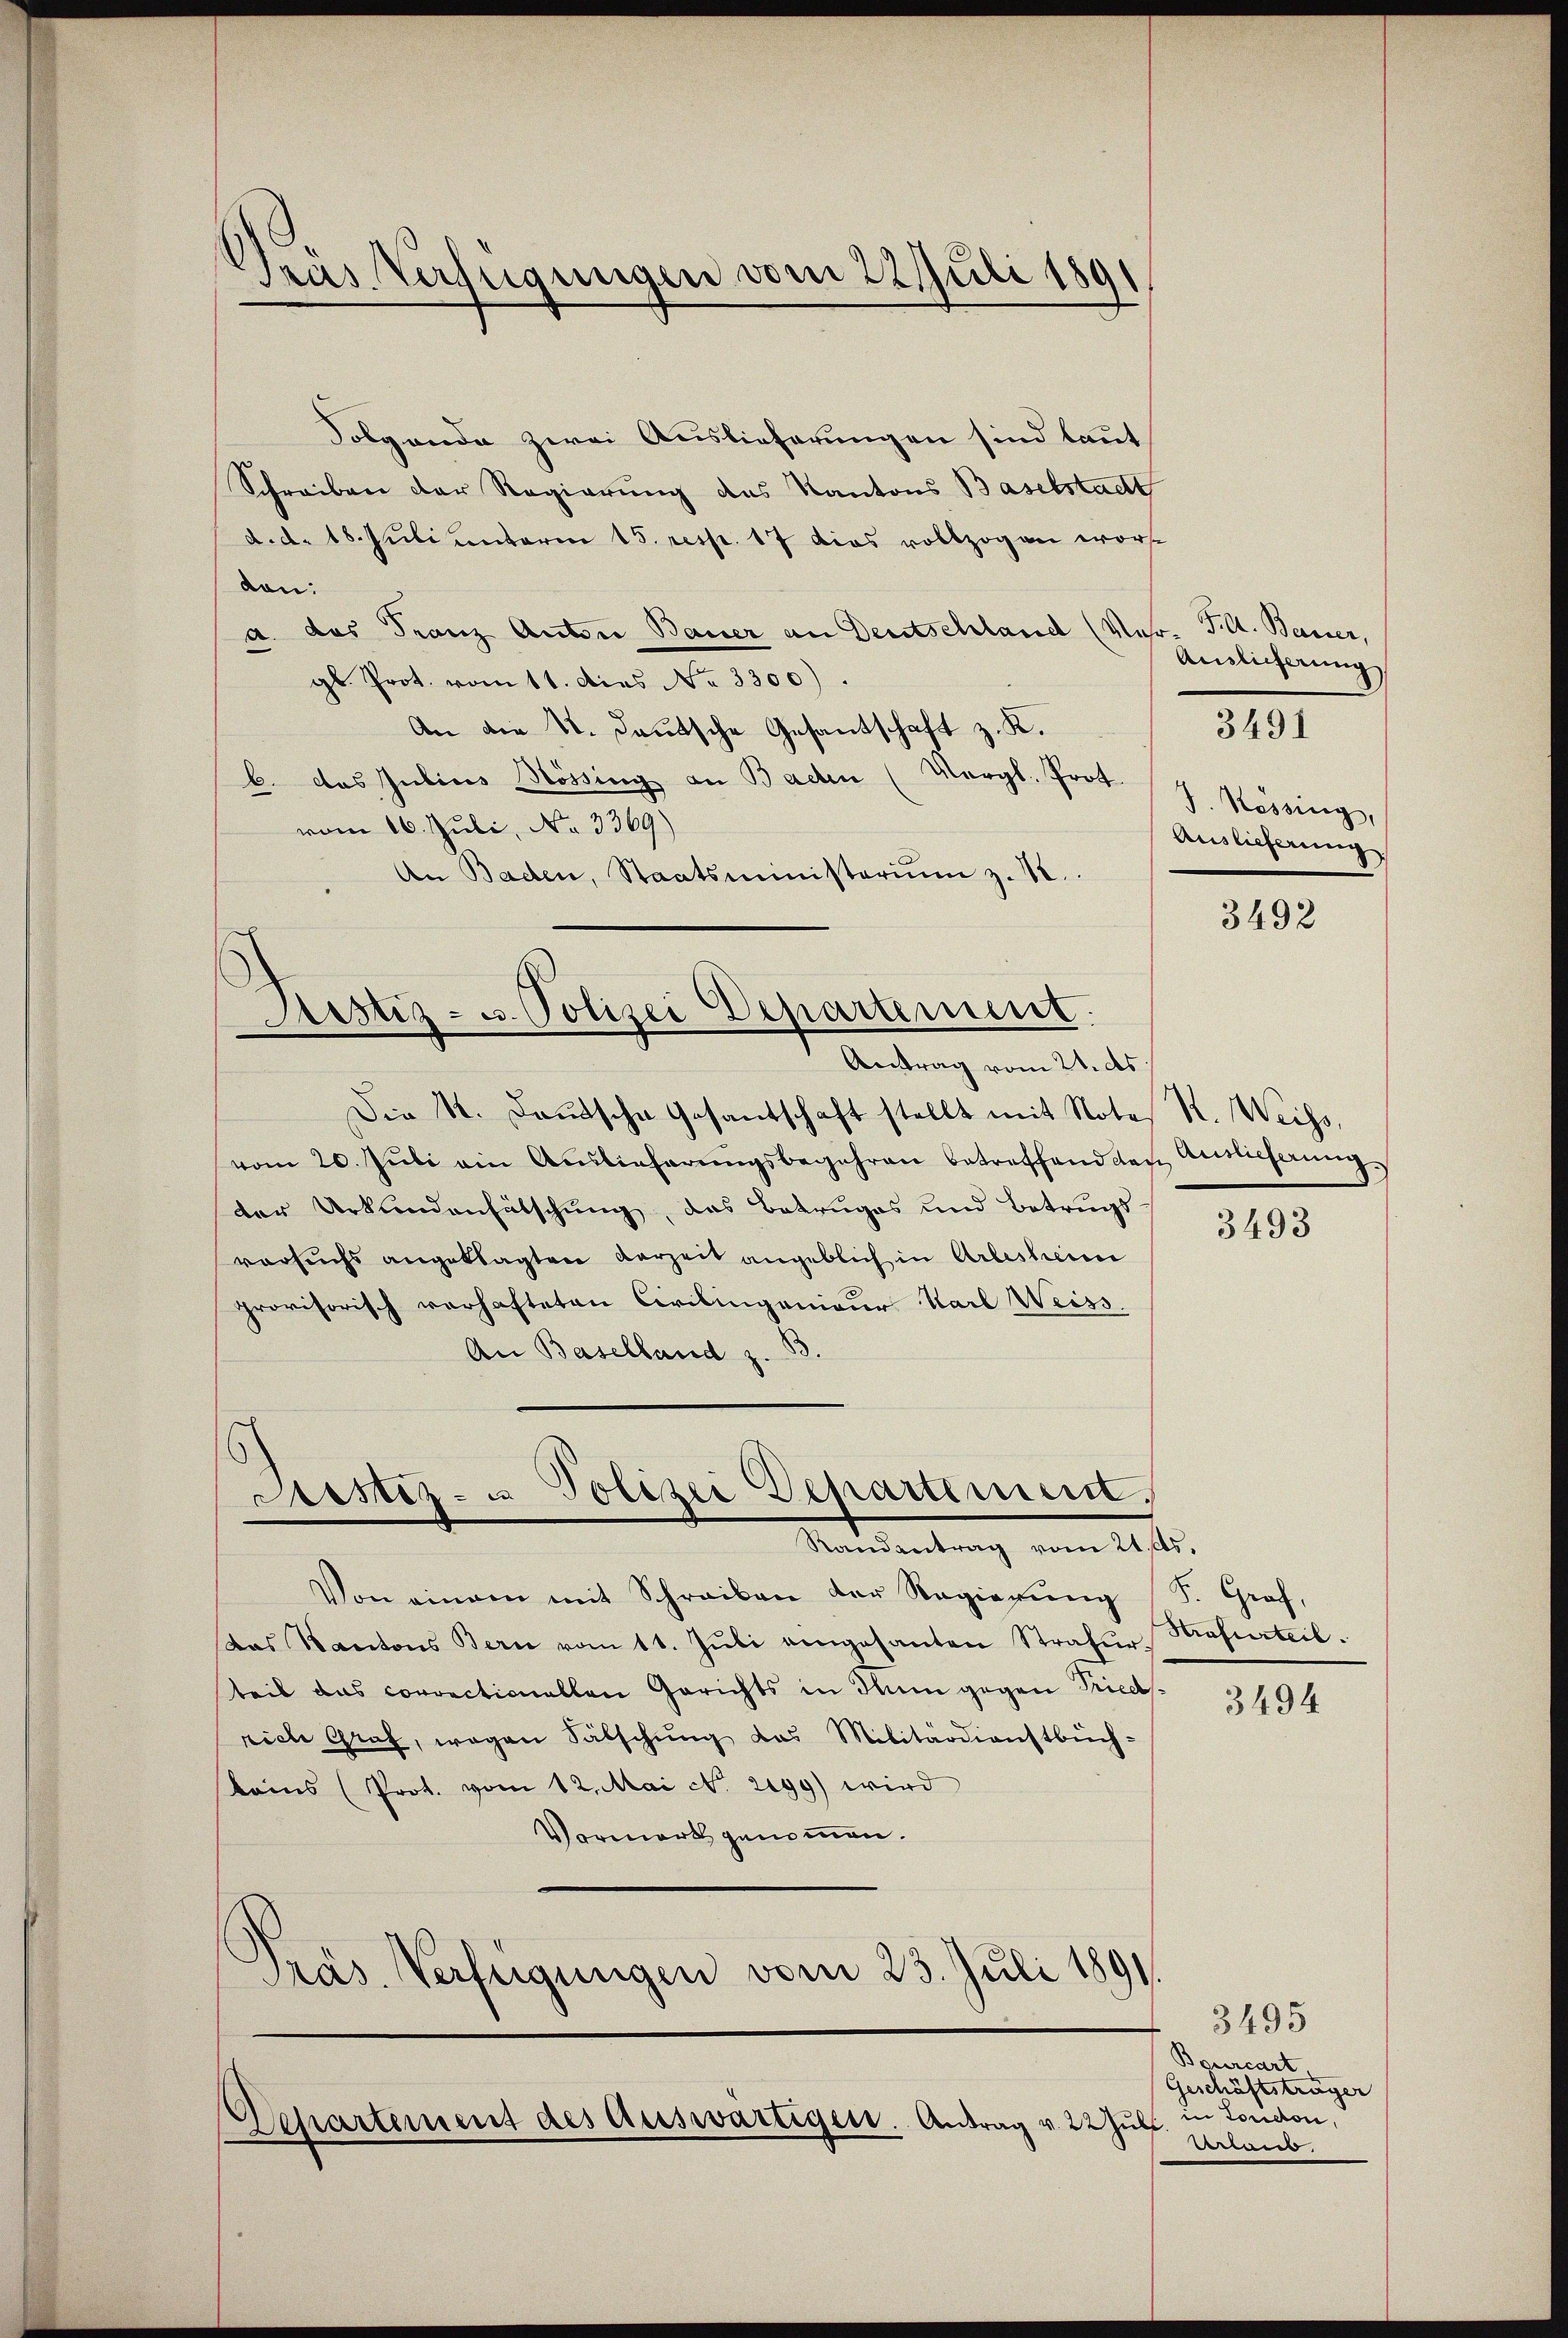
Gras Verfügungen vom 22 Juli 1891

Folgende zwei Auslieferungen sind laut
Schreiben der Regierung des Kantons Baselstadtt
d. d. 18. Juli unterm 15. resp. 17 dies vollzogen worde
von:
a. das Franz Anton Bauer an Deutschland (Ver- Pkt. Bauer,
gl. Prot. vom 11. Dies No 3300).
An die 4. Deutsche Gesantschaft z. K.
b. das Julius Mössing an Baden (Vergl. Prot.
vom 16. Juli, No. 3369)
An Baden, Staatsministeriŭm z. 18.

Die St. Baŭtsche Gesandschaft stellt mit Notes R. Weiss,
vom 20. Jŭli ein Auslieferŭngsbegehren betreffend den Auslieferŭng.
der Urkundenfälschung, das Betruges und Betrugs
versuchs angeklagten Verzeit angeblich in Arlesheim
provisorisch verhafteten Civilingenieur Karl Weiss.
An Baselland z. B.

Ristiz- u. Polizei Departement

Antrag vom 21. ds.

Von einem mit Schreiben der Regierŭng S. Graf,
das Kantons Bern vom 11. Jŭli eingesanten Straher Strafurteil.
teit das correctionellen Gerichts in den gegen Friedsvich Graf, wegen Fälschŭng das Militärdienstbüch-
koins (Prot. vom 12. Mai N. 2899) wird
Vormerk genommen.
Präs. Verfügungen vom 23. Juli 1891

Justiz- u Polizei Departemen
Randantrag vom 21. ds.

Departement des Auswärtigen. Antrag v. 22 Jull

Anslicherung
J. Kessing,
Auslieferung

3491

3492

3493

3494

3495
Bourcart
Geschäftsträger
in London,
Armen,